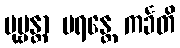
ပုဗ္ဗန္တာ ပရန္တေ ကင်္ခတိ